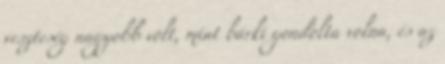
veszteség nagyobb volt, mint bárki gondolta volna, és az